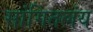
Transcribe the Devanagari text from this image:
सांगितलंय